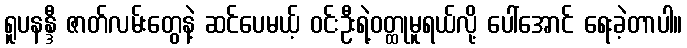
ရူပနန္ဒီ ဇာတ်လမ်းတွေနဲ့ ဆင်ပေမယ့် ဝင်းဦးရဲ့ဝတ္ထုမူရယ်လို့ ပေါ်အောင် ရေးခဲ့တာပါ။